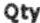
QTY